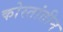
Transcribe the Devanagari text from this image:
कोस्तांतीन